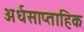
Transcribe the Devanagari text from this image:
अर्धसाप्ताहिक